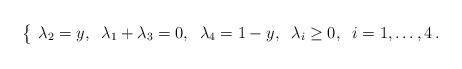
LaTeX: \begin{align*}\left\{\begin{array}{ll}\lambda_2=y, \;\;\lambda_1+\lambda_3=0, \;\;\lambda_4=1-y,\;\;\lambda_i\geq 0,\;\; i=1,\ldots,4\,.\end{array}\right.\end{align*}